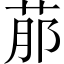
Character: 𦰢